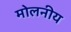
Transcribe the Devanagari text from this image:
मोलनीय